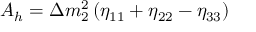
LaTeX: A _ { h } = \Delta m _ { 2 } ^ { 2 } \left( \eta _ { 1 1 } + \eta _ { 2 2 } - \eta _ { 3 3 } \right)